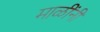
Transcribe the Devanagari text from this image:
माळींनी